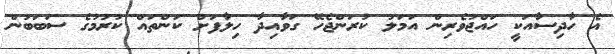
އެ ހާދިސާއަކީ ހައްޖުވެރިން އަމަލު ކުރަންޖެހޭ ގަވާއިދާ ހިލާފަށް ކަންތައް ކުރުމުގެ ސަބަބުން